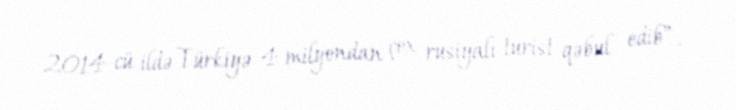
2014-cü ildə Türkiyə 4 milyondan çox rusiyalı turist qəbul edib”.